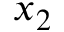
x _ { 2 }